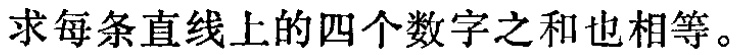
求每条直线上的四个数字之和也相等。